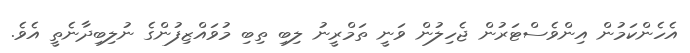
އެހެންކަމުން އިންވެސްޓަރުން ޖެހިލުން ވަނީ ތަމްރީނު ލިބި ތިބި މުވައްޒިފުންގެ ނުލިބިދާނެތީ އެވެ.